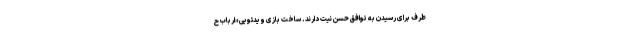
طرف برای رسیدن به توافق حسن نیت دارند. ساخت بازی ویدئویی «ارباب ح